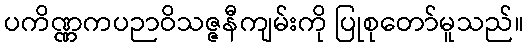
ပကိဏ္ဏကပဉာဝိသဇ္ဇနီကျမ်းကို ပြုစုတော်မူသည်။